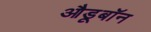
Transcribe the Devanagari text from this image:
औडूबॉन